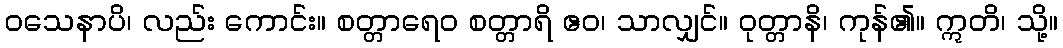
ဝသေနာပိ၊ လည်း ကောင်း။ စတ္တာရေဝ စတ္တာရိ ဧဝ၊ သာလျှင်။ ဝုတ္တာနိ၊ ကုန်၏။ ဣတိ၊ သို့။